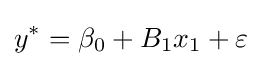
y^{*}=\beta _{0}+B_{1}x_{1}+\varepsilon